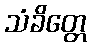
သံခိတ္တေ